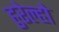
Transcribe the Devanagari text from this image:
हुरेल्हो